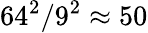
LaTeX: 64^{2}/9^{2}\approx 50